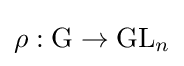
\rho :\mathrm {G} \to \mathrm {GL} _{n}